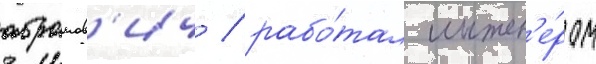
абрамов'ич / рабо́тал инжен'е́ром